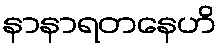
နာနာရတနေဟိ